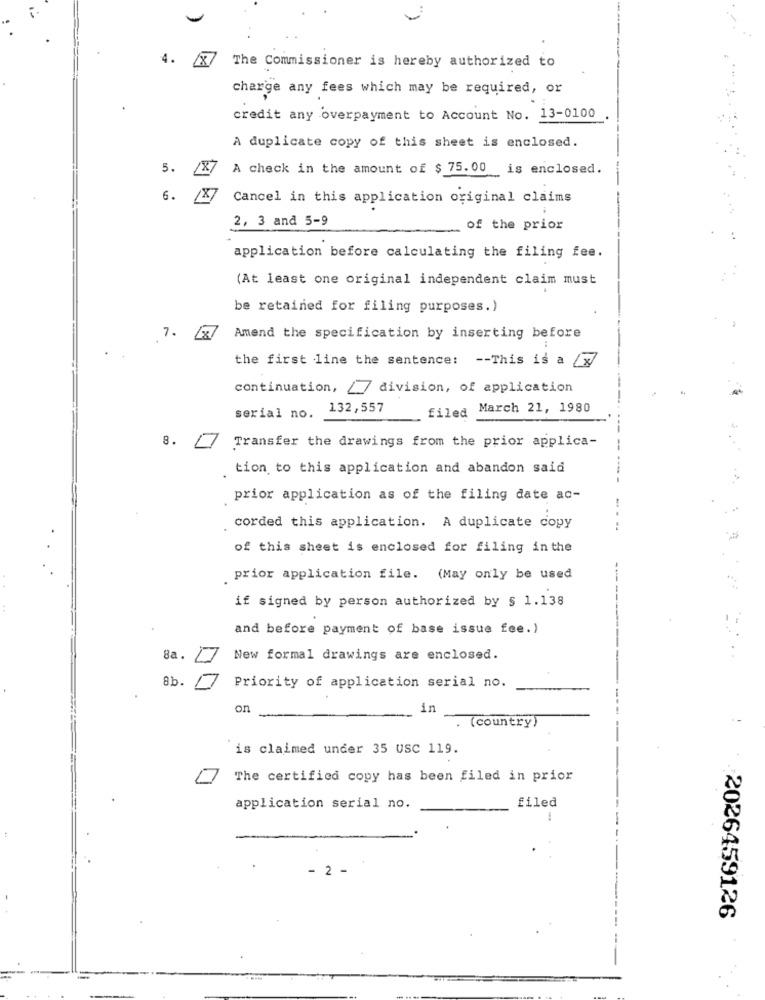
The Commissioner is hereby authorized to
charge any fees which may be required, or
credit any overpayment to Account No. 13-0100
A duplicate copy of this sheet is enclosed.
5.
A check in the amount of $ 75.00 is enclosed.
6.
Cancel in this application original claims
2, 3 and 5-9
of the prior
application before calculating the filing fee.
(At least one original independent claim must
be retained for filing purposes.)
7.
181
Amend the specification by inserting before
the first line the sentence: -- This is a
continuation, / 7 division, of application
132,557
March 21, 1980
serial no.
filed
8.
Transfer the drawings from the prior applica-
tion to this application and abandon said
prior application as of the filing date ac-
corded this application. A duplicate copy
of this sheet is enclosed for filing in the
prior application file. (May only be used
if signed by person authorized by § 1.138
and before payment of base issue fee.)
8a .
New formal drawings are enclosed.
8b.
Priority of application serial no.
on
in
(country)
`is claimed under 35 USC 119.
The certified copy has been filed in prior
application serial no.
filed
-.
2 -
2026459126